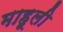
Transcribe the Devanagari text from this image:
माहूली